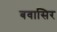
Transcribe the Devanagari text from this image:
बवासिर